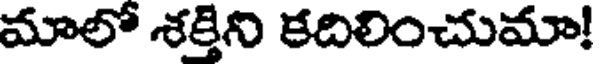
మాలో శక్తిని కదిలించుమా!